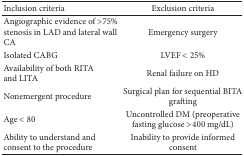
| Inclusion criteria | Exclusion criteria |
 | --- | --- |
 | Angiographic evidence of >75% stenosis in LAD and lateral wall CA | Emergency surgery |
 | Isolated CABG | LVEF < 25% |
 | Availability of both RITA and LITA | Renal failure on HD |
 | Nonemergent procedure | Surgical plan for sequential BITA grafting |
 | Age < 80 | Uncontrolled DM (preoperative fasting glucose >400 mg/dL) |
 | Ability to understand and consent to the procedure | Inability to provide informed consent |